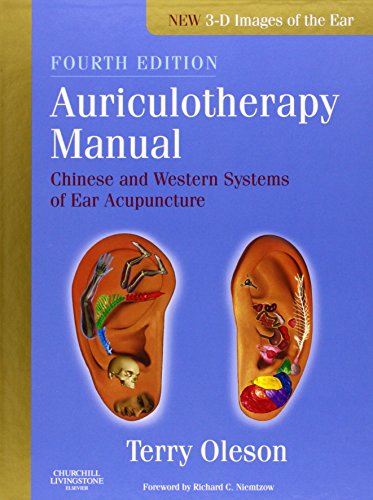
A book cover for Auriculotherapy Manual: Chinese and Western Systems of Ear Acupuncture, 4e; Terry Oleson PhD; Health, Fitness & Dieting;